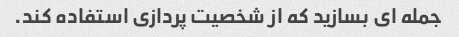
جمله ای بسازید که از شخصیت پردازی استفاده کند.